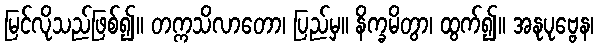
မြင်လိုသည်ဖြစ်၍။ တက္ကသိလာတော၊ ပြည်မှ။ နိက္ခမိတွာ၊ ထွက်၍။ အနုပုဗ္ဗေန၊